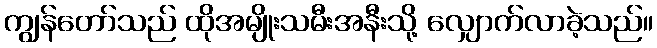
ကျွန်တော်သည် ထိုအမျိုးသမီးအနီးသို့ လျှောက်လာခဲ့သည်။